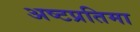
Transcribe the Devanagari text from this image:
अष्टप्रतिमा